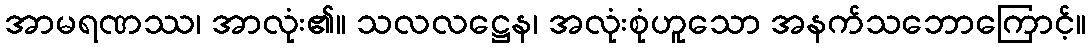
အာမရဏဿ၊ အာလုံး၏။ သလလဋ္ဌေန၊ အလုံးစုံဟူသော အနက်သဘောကြောင့်။